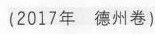
(2017年德州卷)